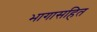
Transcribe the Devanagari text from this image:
भागासहित